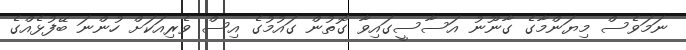
ނަމަވެސް މިޔަންމާގެ ގާނޫނު އަސާސީގައިވާ ގޮތުން ގައުމުގެ އިސް ވެރިއަކަށް ހުންނަ ބޭފުޅެއްގެ